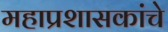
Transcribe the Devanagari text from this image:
महाप्रशासकांचे